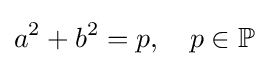
a^{2}+b^{2}=p,\quad p\in \mathbb {P}